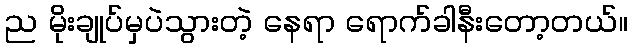
ည မိုးချုပ်မှပဲသွားတဲ့ နေရာ ရောက်ခါနီးတော့တယ်။